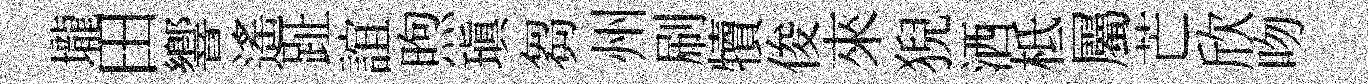
壠田響遙趾誼煦瑱芻州刷犢俊來猊洒柢屬芒欣吻